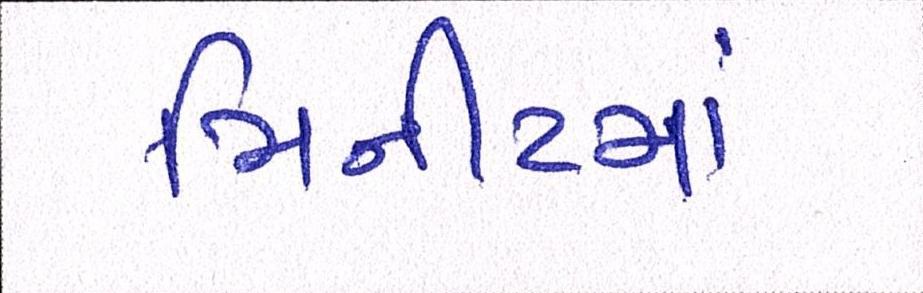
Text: મિનીટમાં